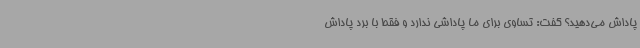
پاداش می‌دهید؟ گفت: تساوی برای ما پاداشی ندارد و فقط با برد پاداش